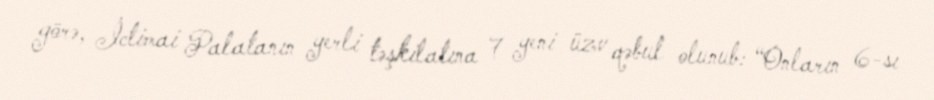
görə, İctimai Palatanın yerli təşkilatına 7 yeni üzv qəbul olunub: “Onların 6-sı